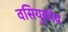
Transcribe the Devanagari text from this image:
वसियुकोव